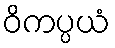
ဝိကပ္ပယံ